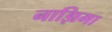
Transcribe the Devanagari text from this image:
नाझिमा